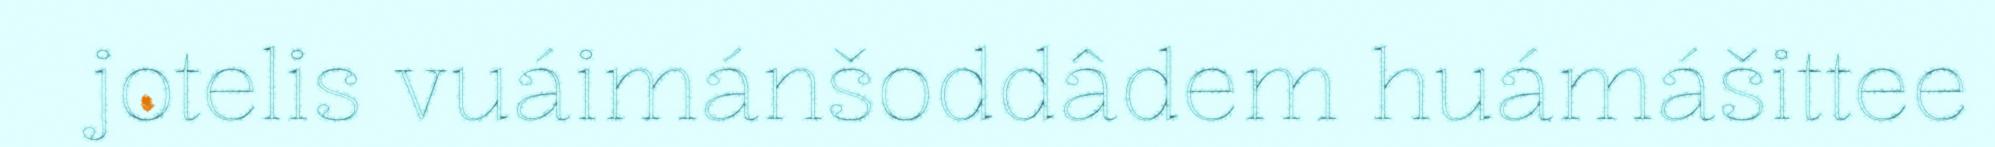
jotelis vuáimánšoddâdem huámášittee